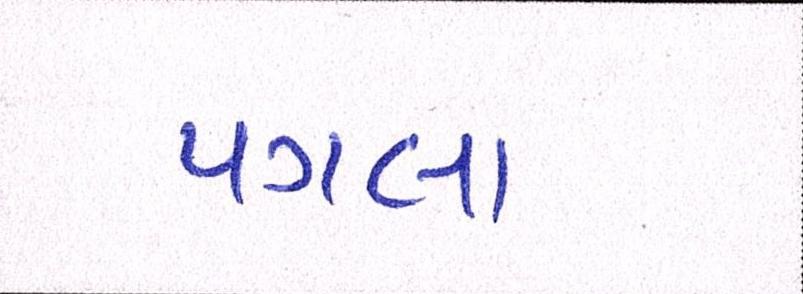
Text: પગલા